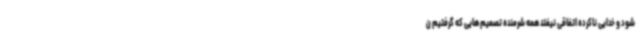
شود و خدایی ناکرده اتفاقی نیفتد همه شرمنده تصمیم هایی که گرفتیم ن